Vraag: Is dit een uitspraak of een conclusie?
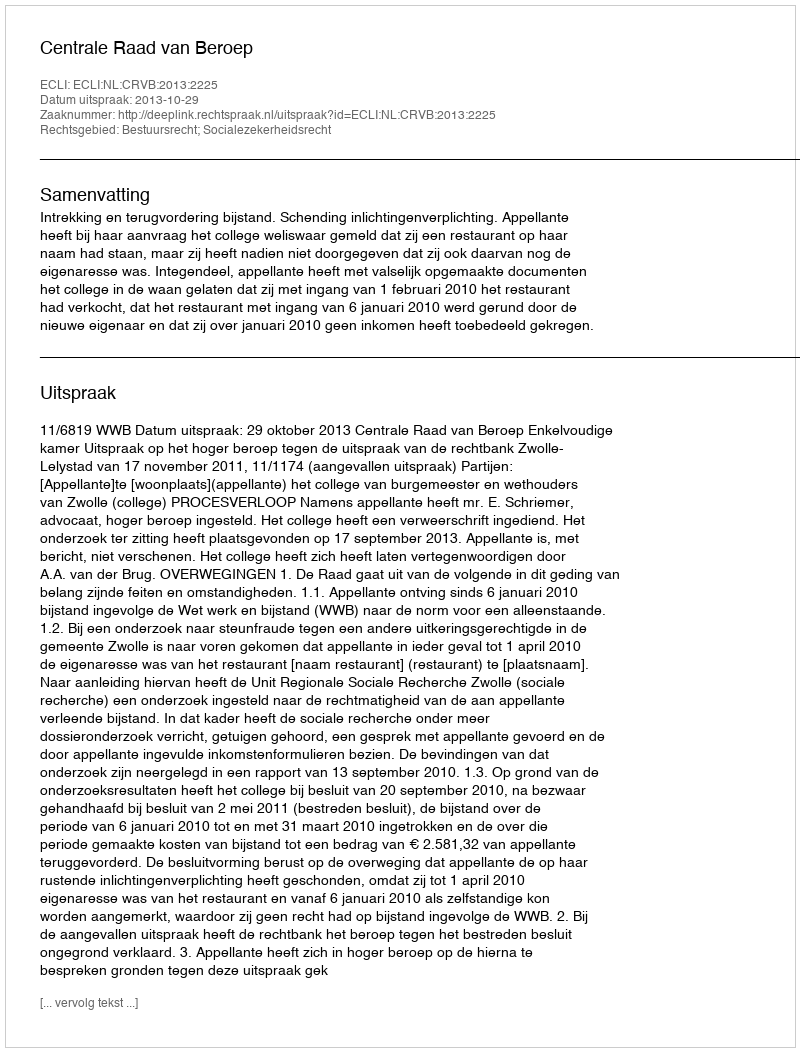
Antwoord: Uitspraak